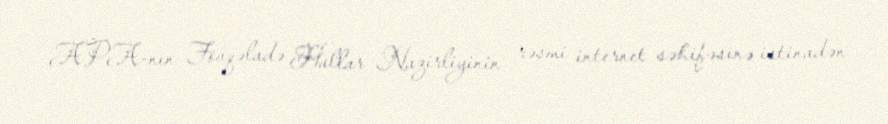
APA-nın Fövqəladə Hallar Nazirliyinin rəsmi internet səhifəsinə istinadən